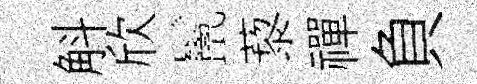
斛欣鬣藜禪負